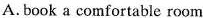
A. book a comfortable room